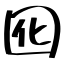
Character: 囮